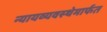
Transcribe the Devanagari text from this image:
न्यायव्यवस्थेमार्फत